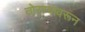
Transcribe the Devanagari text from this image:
तोरण्यावरून